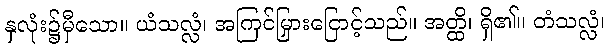
နှလုံး၌မှီသော။ ယံသလ္လံ၊ အကြင်မြှားငြောင့်သည်။ အတ္ထိ၊ ရှိ၏။ တံသလ္လံ၊